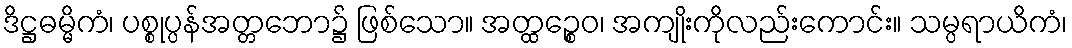
ဒိဋ္ဌဓမ္မိကံ၊ ပစ္စုပ္ပန်အတ္တဘော၌ ဖြစ်သော။ အတ္ထဉ္စေဝ၊ အကျိုးကိုလည်းကောင်း။ သမ္ပရာယိကံ၊